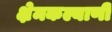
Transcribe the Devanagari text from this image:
क्षेमकल्याणी